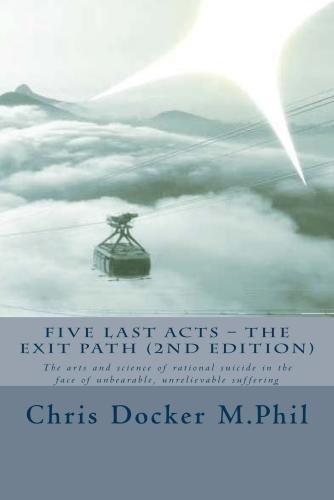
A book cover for Five Last Acts - The Exit Path (2015 edition): The arts and science of rational suicide in the face of unbearable, unrelievable suffering; Chris Docker; Self-Help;